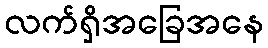
လက်ရှိအခြေအနေ